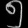
Digit: ၅